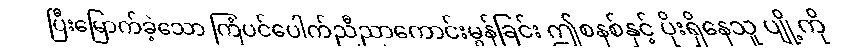
ပြီးမြောက်ခဲ့သော ကြံပင်ပေါက်ညီညာကောင်းမွန်ခြင်း ဤစနစ်နှင့် ပိုးရှိနေသူ ပျို့ကို